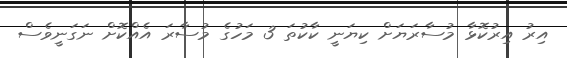
އިރު އިރުކޮޅާ މުސާރަޔަށް ކިޔަނީ ކާކުތަ 3 މަހުގެ މުސާރަ އެއްކޮށް ނަގަނީވެސް